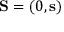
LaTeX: \mathbf { S } = ( 0 , \mathbf { s } )